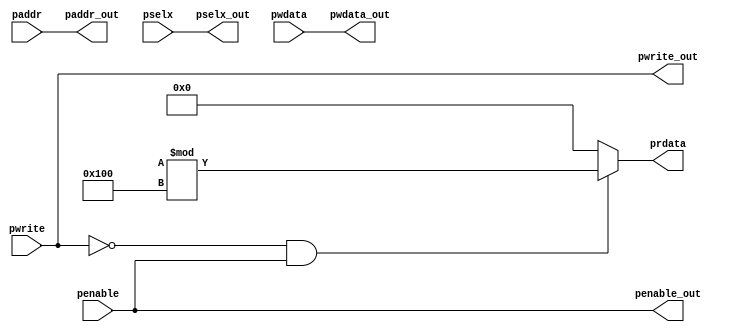
module apbinterface(input pwrite,penable, input [31:0] paddr,pwdata, input [2:0] pselx,output pwrite_out,penable_out, output [31:0] paddr_out,pwdata_out, output [2:0] pselx_out, output reg [31:0] prdata);

	assign pselx_out=pselx;
	assign pwrite_out=pwrite;
	assign penable_out=penable;
	assign paddr_out=paddr;
	assign pwdata_out=pwdata;
	
	always@(*)
	   begin
             if(pwrite==0 && penable==1) 
              prdata={$random}%256;
	     else prdata=0;
	   end


endmodule